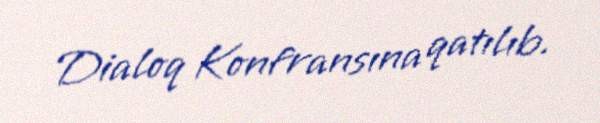
Dialoq Konfransına qatılıb.